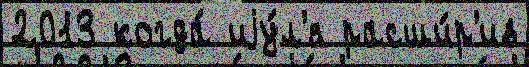
2013 когда́ иjу́л'я расши́р'ив